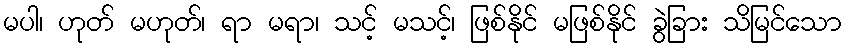
မပါ၊ ဟုတ် မဟုတ်၊ ရာ မရာ၊ သင့် မသင့်၊ ဖြစ်နိုင် မဖြစ်နိုင် ခွဲခြား သိမြင်သော